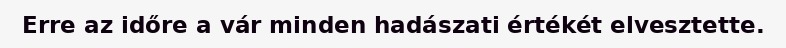
Erre az időre a vár minden hadászati értékét elvesztette.